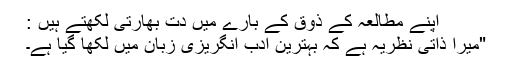
اپنے مطالعہ کے ذوق کے بارے میں دت بھارتی لکھتے ہیں :
"میرا ذاتی نظریہ ہے کہ بہترین ادب انگریزی زبان میں لکھا گیا ہے۔